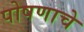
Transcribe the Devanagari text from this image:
पोषणाचे